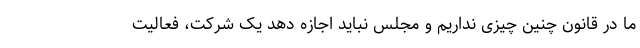
ما در قانون چنین چیزی نداریم و مجلس نباید اجازه دهد یک شرکت، فعالیت